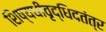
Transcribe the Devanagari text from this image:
शिष्यधीवृद्धिदतंत्र